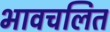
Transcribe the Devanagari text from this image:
भावचलित